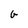
Character: G